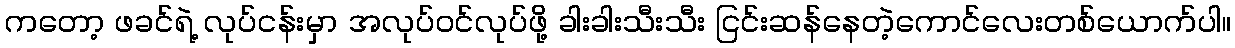
ကတော့ ဖခင်ရဲ့ လုပ်ငန်းမှာ အလုပ်ဝင်လုပ်ဖို့ ခါးခါးသီးသီး ငြင်းဆန်နေတဲ့ကောင်လေးတစ်ယောက်ပါ။